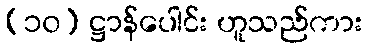
(၁၀) ဋ္ဌာန်ပေါင်း ဟူသည်ကား